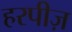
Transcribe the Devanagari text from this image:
हरपीज़